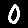
Digit: 0